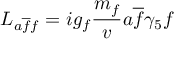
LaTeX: { \cal L } _ { a \overline { { f } } f } = i g _ { f } { \frac { m _ { f } } { v } } a \overline { { f } } \gamma _ { 5 } f